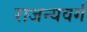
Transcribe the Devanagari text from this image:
राजन्यवर्ग